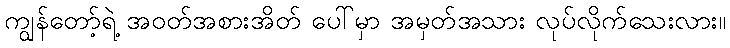
ကျွန်တော့်ရဲ့ အဝတ်အစားအိတ် ပေါ်မှာ အမှတ်အသား လုပ်လိုက်သေးလား။